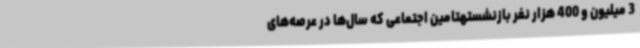
3 میلیون و 400 هزار نفر بازنشستهتامین اجتماعی که سال‌ها در عرصه‌های